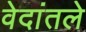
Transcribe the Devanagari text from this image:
वेदांतले